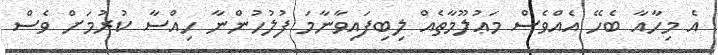
އެ މިހާއާ ބެހޭ އެއްވެސް މަޢުލޫމާތެއް ލިބިފައިވާނާމަ ފުލުހުންނާ ހިއްސާ ކުރުމަށް ވެސް